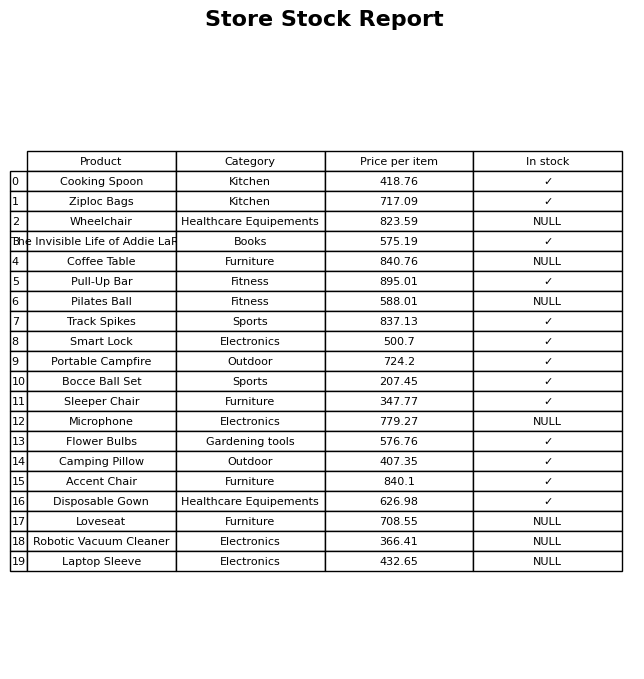
question: What is the price for Pull-Up Bar?
answer: The price of Pull-Up Bar is 895.01.